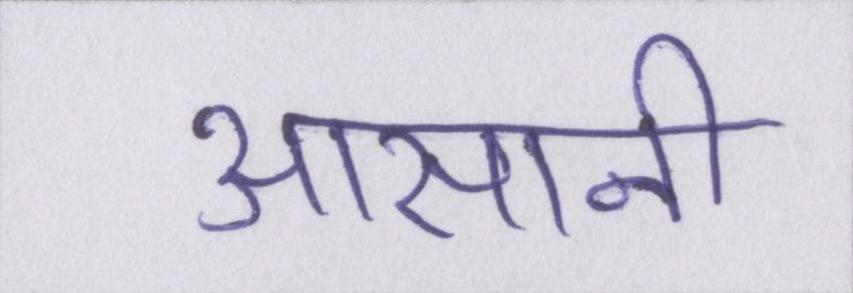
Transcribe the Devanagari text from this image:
आसानी